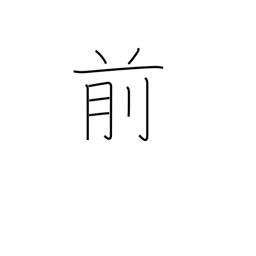
Meaning: in front